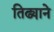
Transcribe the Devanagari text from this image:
तिढ्याने